Indian journal of veterinary science and animal husbandry - Volume 1,
Year: 1931
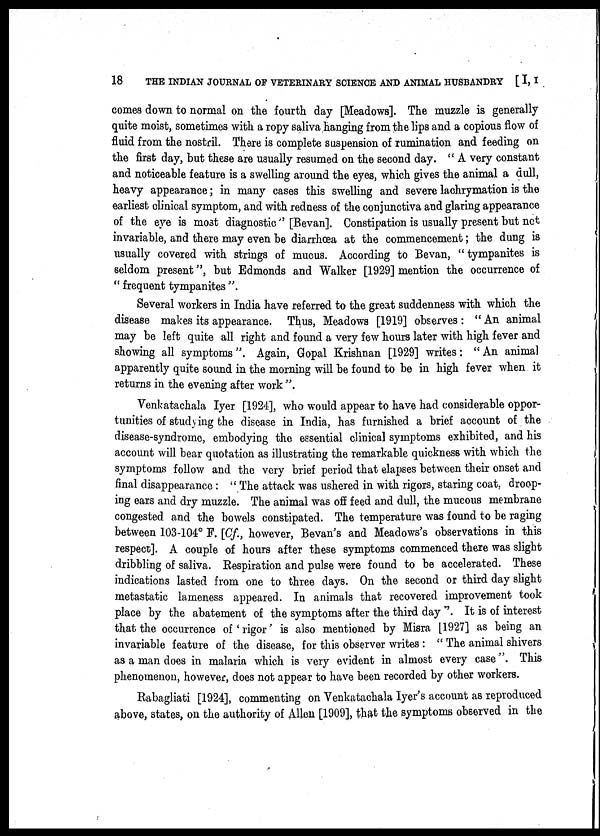
18
THE INDIAN JOURNAL OF VETERINARY SCIENCE AND ANIMAL HUSBANDRY [ I, I
comes down to normal on the fourth day [Meadows]. The muzzle is generally
quite moist, sometimes with a ropy saliva hanging from the lips and a copious flow of
fluid from the nostril. There is complete suspension of rumination and feeding on
the first day, but these are usually resumed on the second day. " A very constant
and noticeable feature is a swelling around the eyes, which gives the animal a dull,
heavy appearance; in many cases this swelling and severe lachrymation is the
earliest clinical symptom, and with redness of the conjunctiva and glaring appearance
of the eye is most diagnostic" [Bevan]. Constipation is usually present but not
invariable, and there may even be diarrhœa at the commencement; the dung is
usually covered with strings of mucus. According to Bevan, "tympanites is
seldom present", but Edmonds and Walker [1929] mention the occurrence of
" frequent tympanites ".
Several workers in India have referred to the great suddenness with which the
disease makes its appearance. Thus, Meadows [1919] observes : " An animal
may be left quite all right and found a very few hours later with high fever and
showing all symptoms". Again, Gopal Krishnan [1929] writes: "An animal
apparently quite sound in the morning will be found to be in high fever when it
returns in the evening after work ".
Venkatachala Iyer [1924], who would appear to have had considerable oppor-
tunities of studying the disease in India, has furnished a brief account of the
disease-syndrome, embodying the essential clinical symptoms exhibited, and his
account will bear quotation as illustrating the remarkable quickness with which the
symptoms follow and the very brief period that elapses between their onset and
final disappearance : " The attack was ushered in with rigors, staring coat, droop-
ing ears and dry muzzle. The animal was off feed and dull, the mucous membrane
congested and the bowels constipated. The temperature was found to be raging
between 103-104° F. [Cf., however, Bevan's and Meadows's observations in this
respect]. A couple of hours after these symptoms commenced there was slight
dribbling of saliva. Respiration and pulse were found to be accelerated. These
indications lasted from one to three days. On the second or third day slight
metastatic lameness appeared. In animals that recovered improvement took
place by the abatement of the symptoms after the third day ". It is of interest
that the occurrence of 'rigor' is also mentioned by Misra [1927] as being an
invariable feature of the disease, for this observer writes : " The animal shivers
as a man does in malaria which is very evident in almost every case". This
phenomenon, however, does not appear to have been recorded by other workers.
Rabagliati [1924], commenting on Venkatachala Iyer's account as reproduced
above, states, on the authority of Allen [1909], that the symptoms observed in the